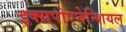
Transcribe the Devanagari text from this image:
इक्सपोएनेन्शियल